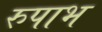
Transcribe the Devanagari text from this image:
रुपाभ